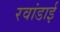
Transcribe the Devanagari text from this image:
रवांडाई